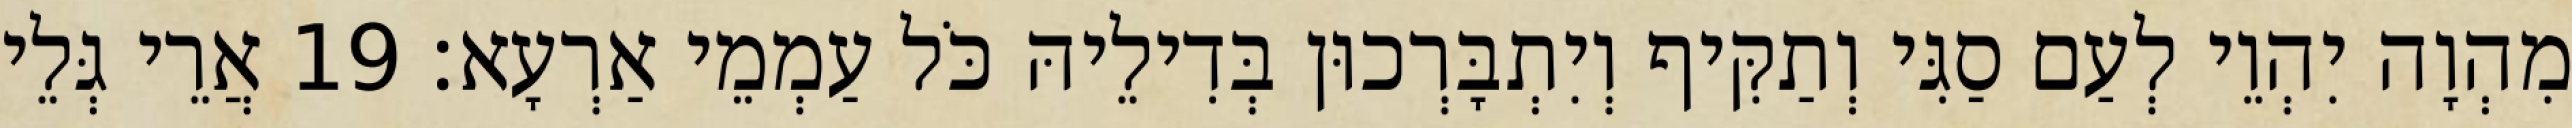
מִהְוָה יִהְוֵי לְעַם סַגִּי וְתַקִּיף וְיִתְבָּרְכוּן בְּדִילֵיהּ כֹּל עַמְמֵי אַרְעָא׃ 19 אֲרֵי גְּלֵי